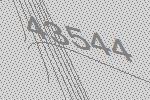
43544